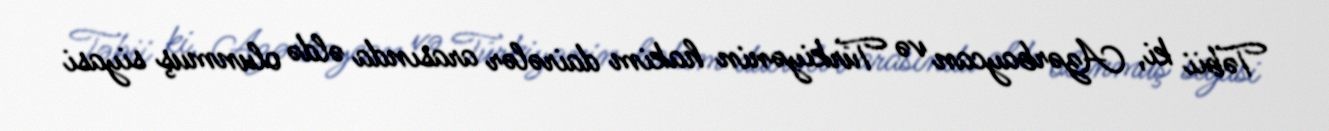
Təbii ki, Azərbaycan və Türkiyənin hakim dairələr arasında əldə olunmuş siyasi